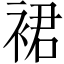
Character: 裙